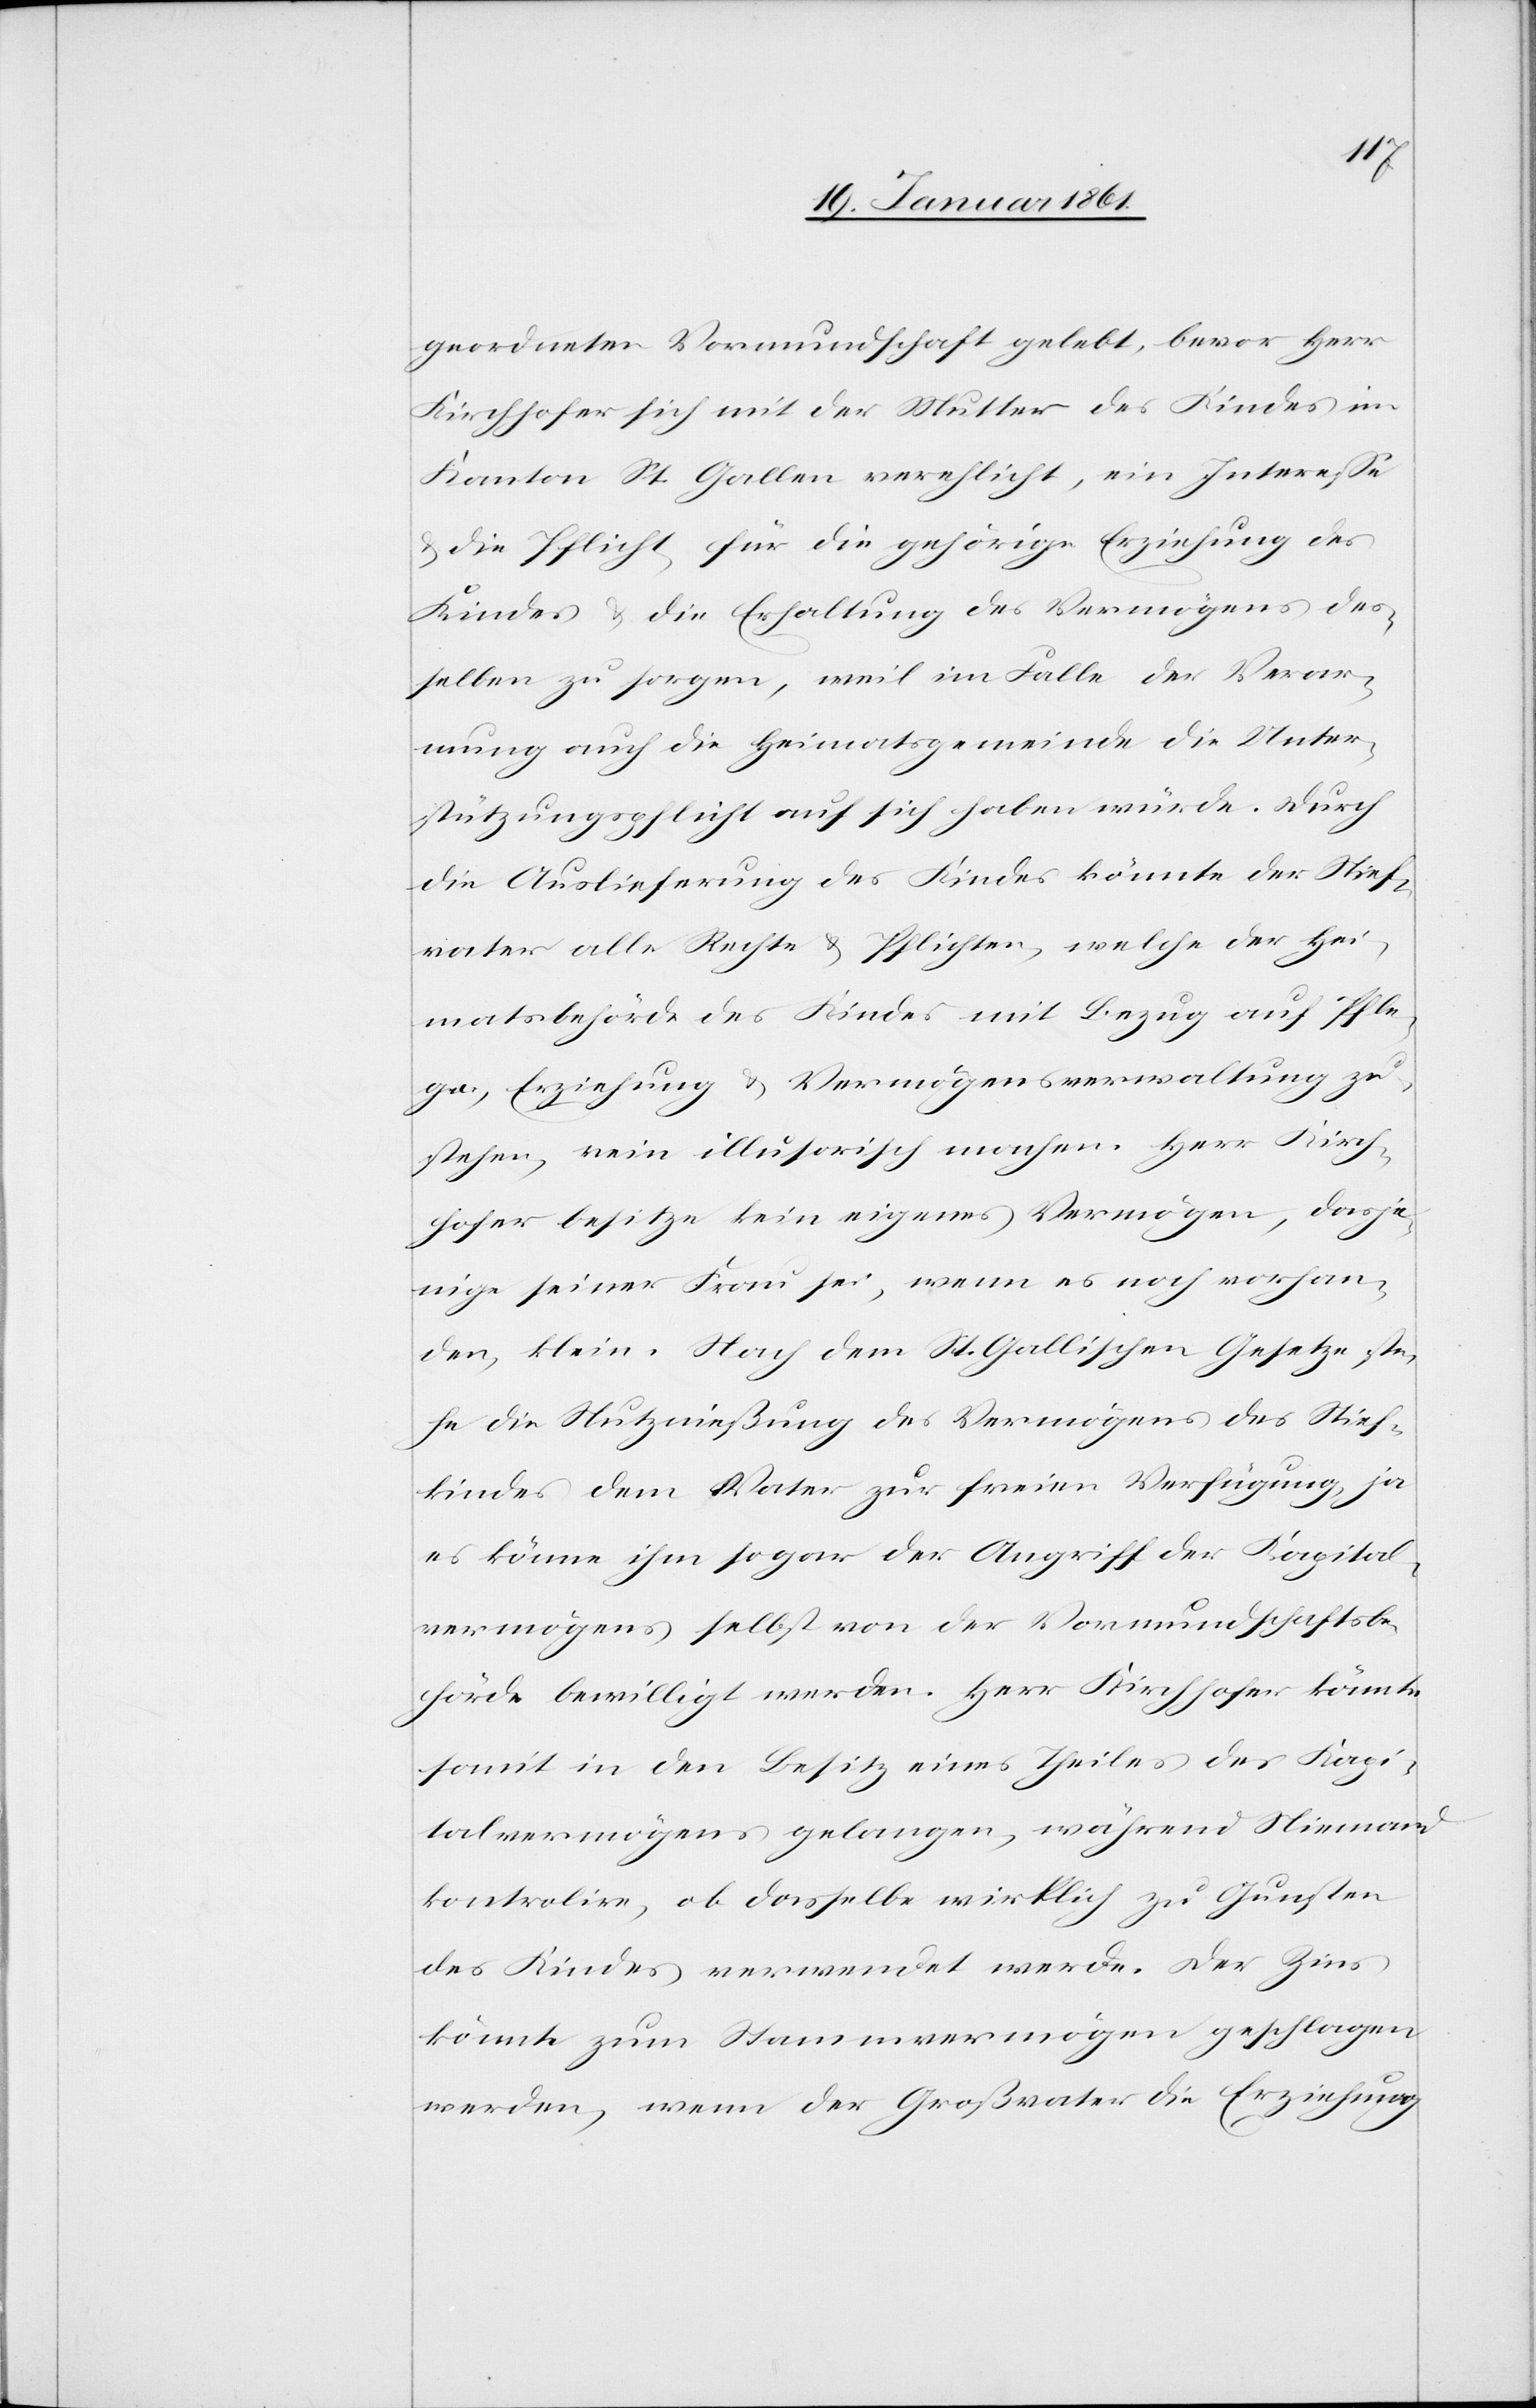
geordneter Vormundschaft gelebt, bevor Herr
Kirchhofer sich mit der Mutter des Kindes im
Kanton St. Gallen verehlicht, ein Interesse
u. die Pflicht, für die gehörige Erziehung des
Kindes u. die Erhaltung des Vermögens des¬
selben zu sorgen, weil im Falle der Verar¬
mung auch die Heimatsgemeinde die Unter¬
stützungspflicht auf sich haben würde. Durch
die Auslieferung des Kindes könnte der Stief¬
vater alle Rechte u. Pflichten, welche der Hei¬
matsbehörde des Kindes mit Bezug auf Pfle¬
ge, Erziehung u. Vermögensverwaltung zu¬
stehen, rein illusorisch machen. Herr Kirch¬
hofer besitze kein eigenes Vermögen, dasje¬
nige seiner Frau sei, wenn es noch vorhan¬
den, klein. Nach dem St. Gallischen Gesetze ste¬
he die Nutznießung des Vermögens des Stief¬
kindes dem Vater zur freien Verfügung, ja
es könne ihm sogar der Angriff des Kapital¬
vermögens selbst von der Vormundschaftsbe¬
hörde bewilligt werden. Herr Kirchhofer könnte
somit in den Besitz eines Theils des Kapi¬
talvermögens gelangen, während Niemand
kontrolire, ob dasselbe wirklich zu Gunsten
des Kindes verwendet werde. Der Zins
könnte zum Stammvermögen geschlagen
werden, wenn der Großvater die Erziehung